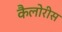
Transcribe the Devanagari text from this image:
कैलोरीस